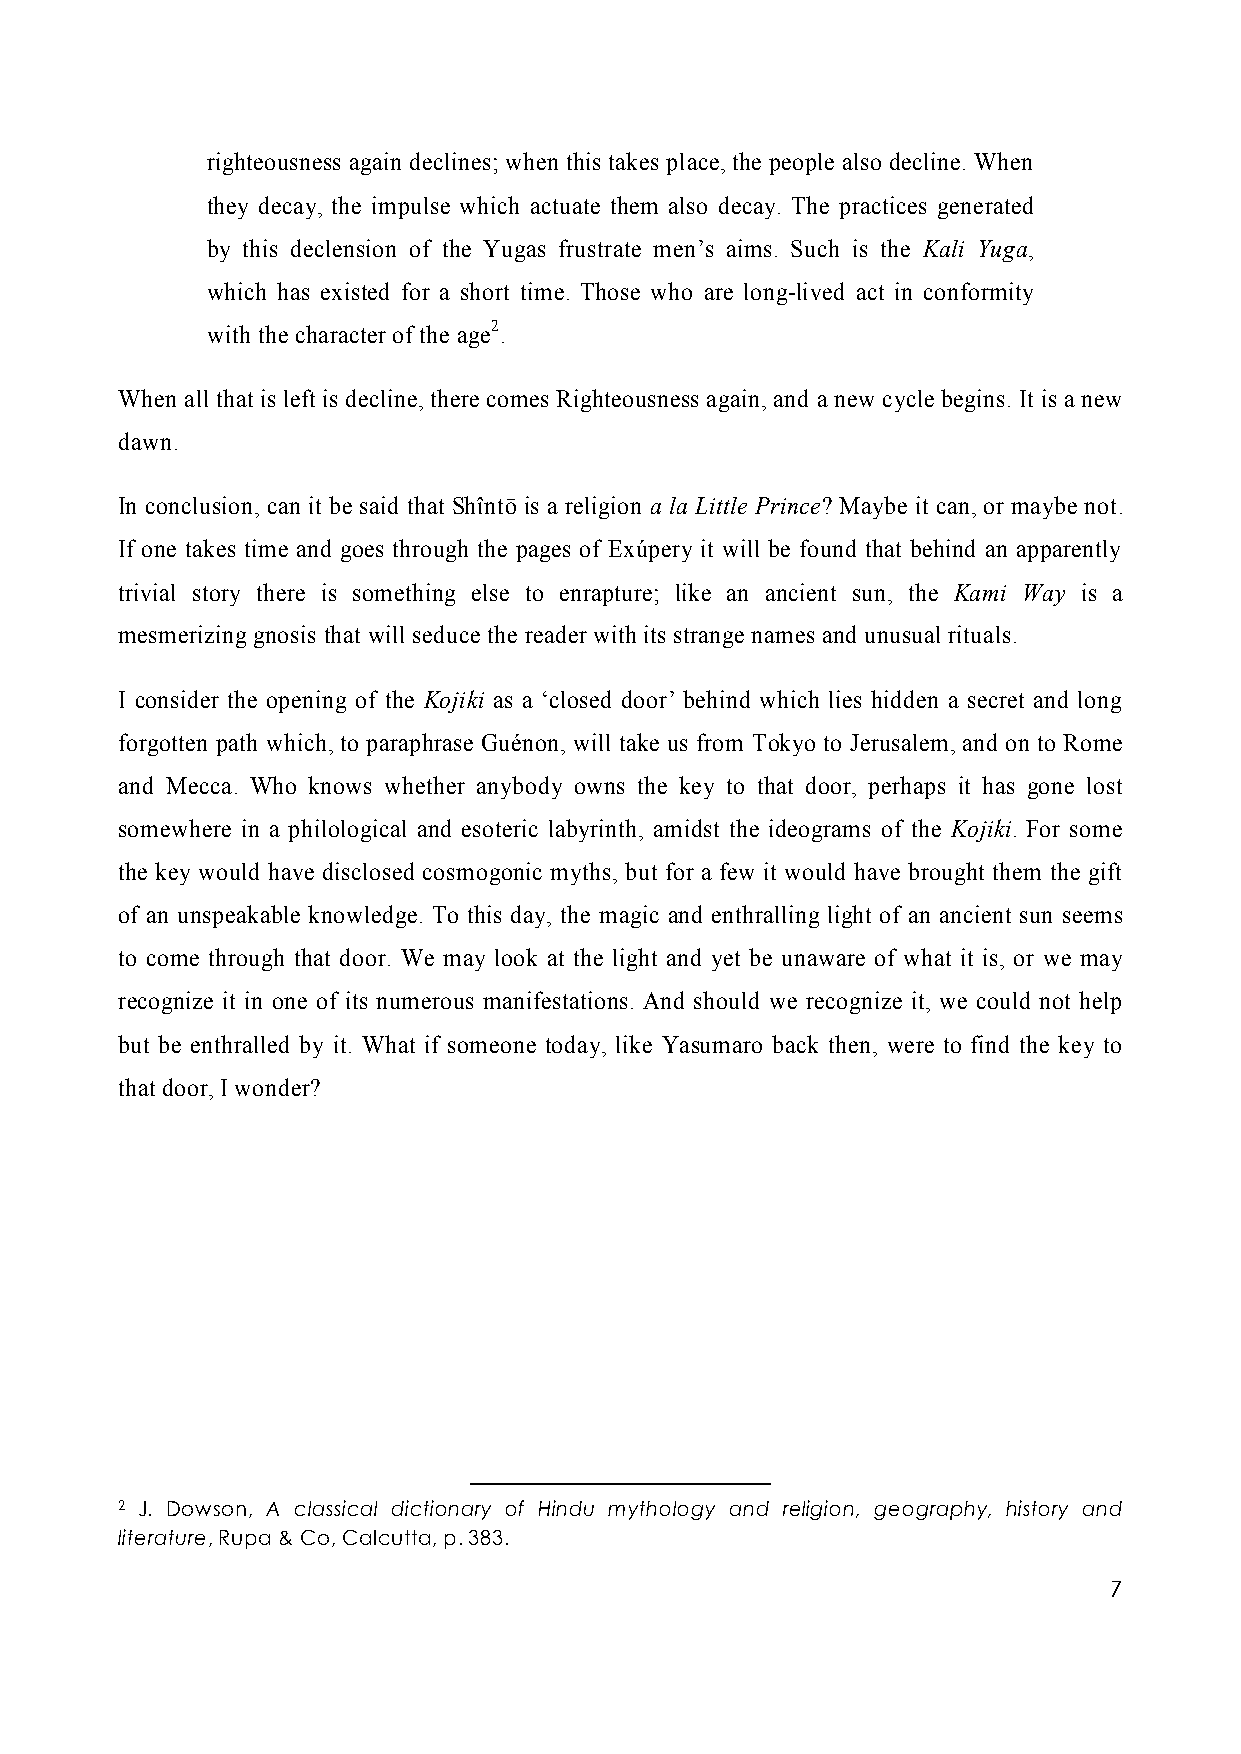
righteousness again declines; when this takes place, the people also decline. When
 they decay, the impulse which actuate them also decay. The practices generated
 by this declension of the Yugas frustrate men’s aims. Such is the Kali Yuga,
 which has existed for a short time. Those who are long-lived act in conformity
 with the character of the age2.
 When all that is left is decline, there comes Righteousness again, and a new cycle begins. It is a new
 dawn.
 In conclusion, can it be said that Shîntō is a religion a la Little Prince? Maybe it can, or maybe not.
 If one takes time and goes through the pages of Exúpery it will be found that behind an apparently
 trivial story there is something else to enrapture; like an ancient sun, the Kami Way is a
 mesmerizing gnosis that will seduce the reader with its strange names and unusual rituals.
 I consider the opening of the Kojiki as a ‘closed door’ behind which lies hidden a secret and long
 forgotten path which, to paraphrase Guénon, will take us from Tokyo to Jerusalem, and on to Rome
 and Mecca. Who knows whether anybody owns the key to that door, perhaps it has gone lost
 somewhere in a philological and esoteric labyrinth, amidst the ideograms of the Kojiki. For some
 the key would have disclosed cosmogonic myths, but for a few it would have brought them the gift
 of an unspeakable knowledge. To this day, the magic and enthralling light of an ancient sun seems
 to come through that door. We may look at the light and yet be unaware of what it is, or we may
 recognize it in one of its numerous manifestations. And should we recognize it, we could not help
 but be enthralled by it. What if someone today, like Yasumaro back then, were to find the key to
 that door, I wonder?
 2 J. Dowson, A classical dictionary of Hindu mythology and religion, geography, history and
 literature, Rupa & Co, Calcutta, p. 383.
 7